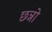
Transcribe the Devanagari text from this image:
छन्नो